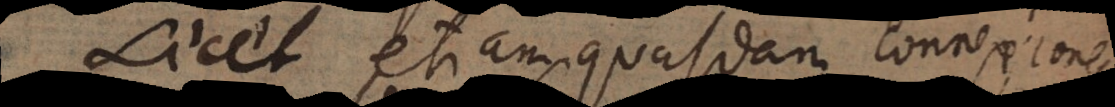
Licet etiam quasdam connexiones,